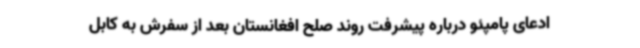
ادعای پامپئو درباره پیشرفت روند صلح افغانستان بعد از سفرش به کابل